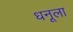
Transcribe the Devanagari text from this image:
धनूला